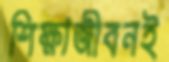
শিক্ষাজীবনই